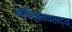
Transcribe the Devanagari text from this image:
आदिमानवसद्य